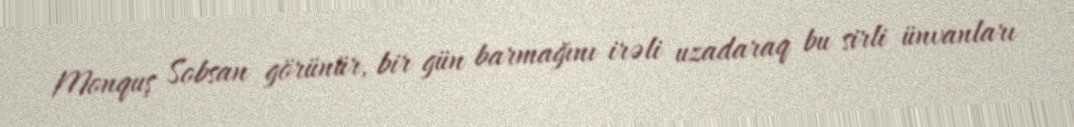
Monquş Sobsan görünür, bir gün barmağını irəli uzadaraq bu sirli ünvanları